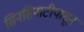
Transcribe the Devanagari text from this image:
सिनसिनाटीपासून